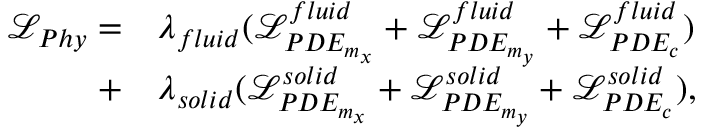
\begin{array} { r l } { \mathcal { L } _ { P h y } { } = } & { { } \lambda _ { f l u i d } ( \mathcal { L } _ { P D E _ { m _ { x } } } ^ { f l u i d } + \mathcal { L } _ { P D E _ { m _ { y } } } ^ { f l u i d } + \mathcal { L } _ { P D E _ { c } } ^ { f l u i d } ) } \\ { + } & { { } \lambda _ { s o l i d } ( \mathcal { L } _ { P D E _ { m _ { x } } } ^ { s o l i d } + \mathcal { L } _ { P D E _ { m _ { y } } } ^ { s o l i d } + \mathcal { L } _ { P D E _ { c } } ^ { s o l i d } ) , } \end{array}